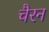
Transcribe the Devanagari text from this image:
चैरन